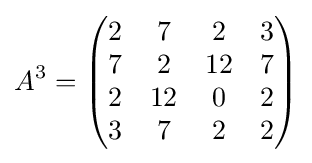
A^{3}={\begin{pmatrix}2&7&2&3\\7&2&12&7\\2&12&0&2\\3&7&2&2\end{pmatrix}}